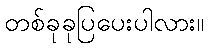
တစ်ခုခုပြပေးပါလား။